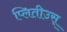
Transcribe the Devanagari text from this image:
प्लितीउस्